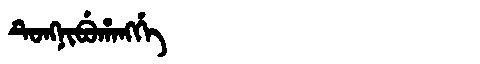
Manchu: ᡨᡠᠩᠨᡳᠪᡠᡥᠠᠩᡤᡝ
Romanization: TUNGNIBUHANGGE